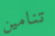
تنامين